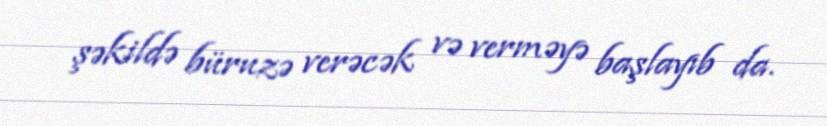
şəkildə büruzə verəcək və verməyə başlayıb da.